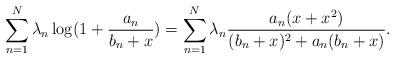
LaTeX: \begin{align*}\sum_{n=1}^N\lambda_n\log(1+\frac{a_n}{b_n+x})=\sum_{n=1}^N\lambda_n\frac{a_n(x+x^2)}{(b_n+x)^2+a_n(b_n+x)}.\end{align*}